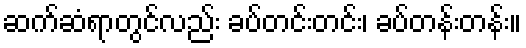
ဆက်ဆံရာတွင်လည်း ခပ်တင်းတင်း၊ ခပ်တန်းတန်း။